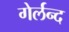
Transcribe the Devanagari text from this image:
गेर्लन्द